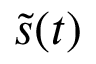
\tilde { s } ( t )